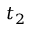
t _ { 2 }